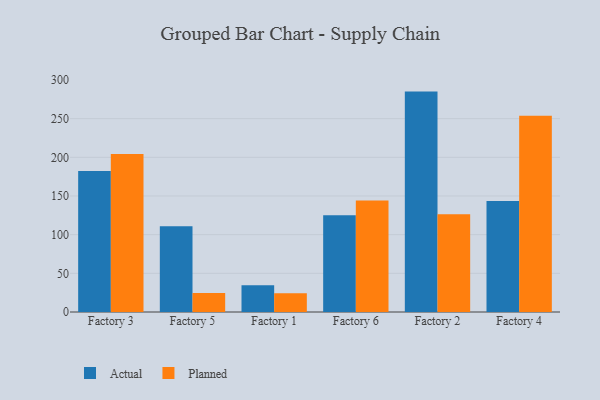
{"axis": {"x": "Factory", "y": "Population (Million)"}, "legend": ["Actual", "Planned"], "data": [{"x": "Factory 3", "y": 182.2, "type": "Actual"}, {"x": "Factory 3", "y": 204.3, "type": "Planned"}, {"x": "Factory 5", "y": 111.0, "type": "Actual"}, {"x": "Factory 5", "y": 24.7, "type": "Planned"}, {"x": "Factory 1", "y": 34.6, "type": "Actual"}, {"x": "Factory 1", "y": 24.3, "type": "Planned"}, {"x": "Factory 6", "y": 125.2, "type": "Actual"}, {"x": "Factory 6", "y": 144.2, "type": "Planned"}, {"x": "Factory 2", "y": 285.0, "type": "Actual"}, {"x": "Factory 2", "y": 126.3, "type": "Planned"}, {"x": "Factory 4", "y": 143.5, "type": "Actual"}, {"x": "Factory 4", "y": 253.7, "type": "Planned"}]}